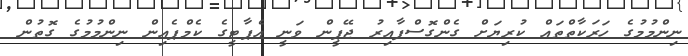
ނިންމުމުގެ ހަރަކާތްތައް ކުރިޔަށް ގެންގޮސްފާއިރު ޖޭޕީން ވަނީ އެޕާޓީގެ ކެމްޕެއިން ނިންމުމުގެ ގޮތުން